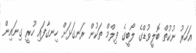
އަހަރު ނުކުތް ބޮލީވުޑްގެ ލޯބީގެ ފިލްމް ތަކުން ރަނގަޅަށް ހިނގާފައި ހުރީ ގިނައިން